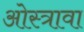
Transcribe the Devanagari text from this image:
ओस्त्रावा